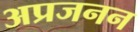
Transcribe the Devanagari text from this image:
अप्रजनन